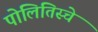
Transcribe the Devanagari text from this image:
पोलितिस्चे